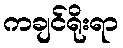
ကချင်ရိုးရာ